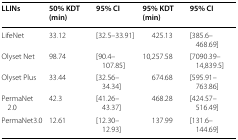
<table><thead><tr><td><b>LLINs</b></td><td><b>50% KDT (min)</b></td><td><b>95% CI</b></td><td><b>95% KDT (min)</b></td><td><b>95% CI</b></td></tr></thead><tbody><tr><td>LifeNet</td><td>33.12</td><td>[32.5–33.91]</td><td>425.13</td><td>[385.6–468.69]</td></tr><tr><td>Olyset Net</td><td>98.74</td><td>[90.4–107.85]</td><td>10,257.58</td><td>[7090.39–14,839.5]</td></tr><tr><td>Olyset Plus</td><td>33.44</td><td>[32.56–34.34]</td><td>674.68</td><td>[595.91–763.86]</td></tr><tr><td>PermaNet 2.0</td><td>42.3</td><td>[41.26–43.37]</td><td>468.28</td><td>[424.57–516.49]</td></tr><tr><td>PermaNet3.0</td><td>12.61</td><td>[12.30–12.93]</td><td>137.99</td><td>[131.6–144.69]</td></tr></tbody></table>